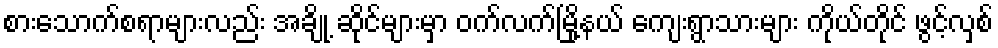
စားသောက်စရာများလည်း အချို့ ဆိုင်များမှာ ဝက်လက်မြို့နယ် ကျေးရွာသားများ ကိုယ်တိုင် ဖွင့်လှစ်